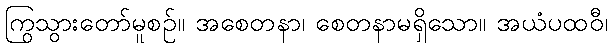
ကြွသွားတော်မူစဉ်။ အစေတနာ၊ စေတနာမရှိသော။ အယံပထဝီ၊